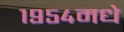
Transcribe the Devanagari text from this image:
१९५४मधे